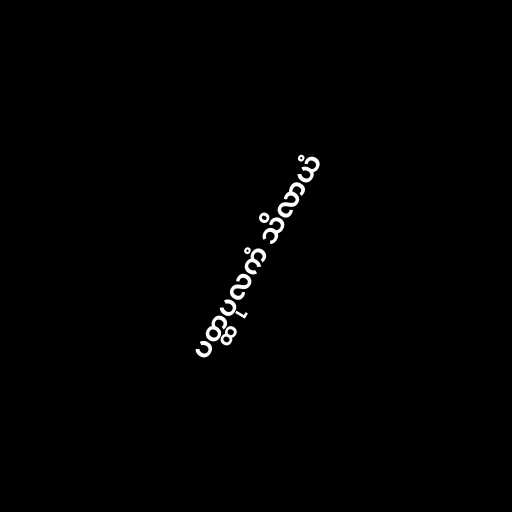
ပတ္ထပုလကံ သိလာယံ